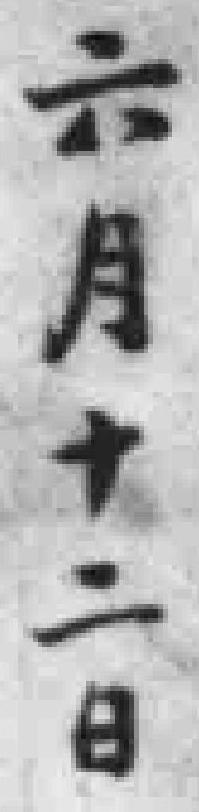
六月十二日